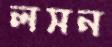
লসন